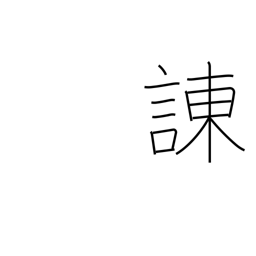
Meaning: admonish